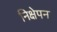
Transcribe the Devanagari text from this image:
निक्षेपन